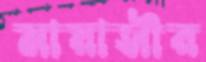
মায়াসীর